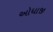
ઓધાજી